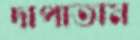
দাপাতাম